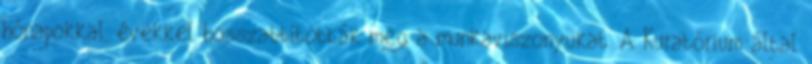
hónapokkal, évekkel hosszab­bították meg a munkaviszonyukat. A Kuratórium által